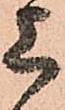
上